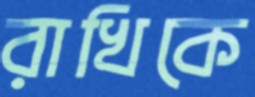
রাখিকে